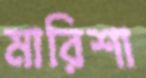
মারিশা